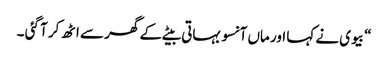
“ بیوی نے کہا اور ماں آنسو بہاتی بیٹے کے گھر سے اٹھ کر آ گئی ۔